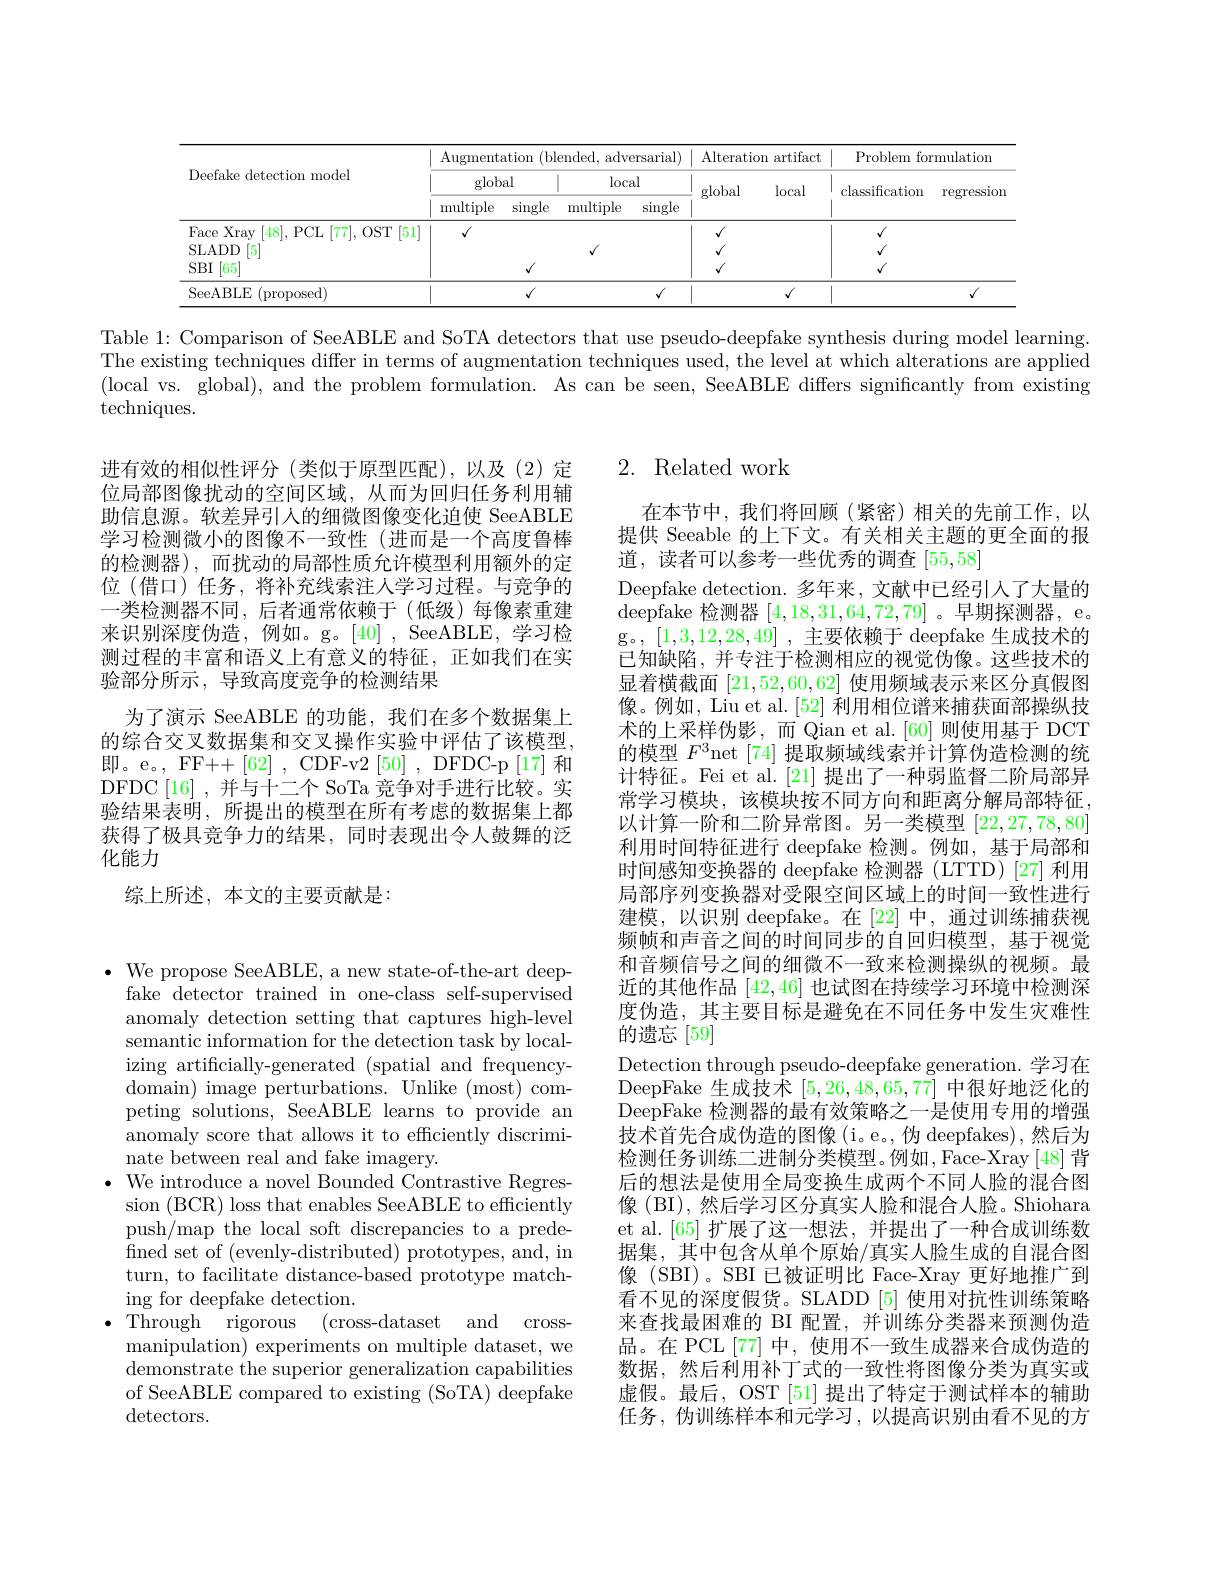
<table>
	<tbody>
		<tr>
			<th rowspan="3">Deefake detection model</th>
			<th colspan="4">${\mathrm{Augmentation~(blended,~adversarial)}}$</th>
			<th>Ateratic</th>
			<th>artifact m</th>
			<th colspan="2">Problem formulatiom</th>
		</tr>
		<tr>
			<th colspan="2">global</th>
			<th colspan="2">$\log$cal</th>
			<th rowspan="2">global</th>
			<th rowspan="2">local</th>
			<th rowspan="2">classification</th>
			<th rowspan="2">regressiom</th>
		</tr>
		<tr>
			<th>multiple</th>
			<th>$\sin$gle</th>
			<th>multiple</th>
			<th>$\sin$gle</th>
		</tr>
		<tr>
			<td>SeeABLE (proposed)</td>
			<td> </td>
			<td>$√$</td>
			<td> </td>
			<td>$√$</td>
			<td> </td>
			<td>$√$</td>
			<td> </td>
			<td>$√$</td>
		</tr>
	</tbody>
</table>

Table 1: Comparison of SeeABLE and SoTA detectors that use pseudo-deepfake synthesis during model learning. The existing techniques differ in terms of augmentation techniques used, the level at which alterations are applied (local vs. global), and the problem formulation. As can be seen, SeeABLE differs significantly from existing techniques.

进有效的相似性评分(类似于原型匹配),以及(2)定位局部图像扰动的空间区域，从而为回归任务利用辅助信息源。软差异引人的细微图像变化迫使 SeeABLE 学习检测微小的图像不一致性 (进而是一个高度鲁棒的检测器),而扰动的局部性质允许模型利用额外的定位 (借口) 任务，将补充线索注人学习过程。与竞争的一类检测器不同，后者通常依赖于(低级)每像素重建来识别深度伪造，例如。g。[40] , SeeABLE, 学习检测过程的丰富和语义上有意义的特征，正如我们在实验部分所示，导致高度竞争的检测结果
为了演示 SeeABLE 的功能，我们在多个数据集上的综合交叉数据集和交叉操作实验中评估了该模型， 即。e。, FF++[62] , CDF-v2 [50] , DFDC-p [17] 和DFDC[16] , 并与十二个 SoTa 竞争对手进行比较。实验结果表明，所提出的模型在所有考虑的数据集上都获得了极具竞争力的结果，同时表现出令人鼓舞的泛化能力

## 综上所述，本文的主要贡献是：

$\cdot$ We propose SeeABLE, a new state-of-the-art deep-
fake detector trained in one-class self-supervised anomaly detection setting that captures high-level semantic information for the detection task by localizing artificially-generated (spatial and frequencydomain) image perturbations. Unlike ( most) com- peting solutions, SeeABLE learns to provide an anomaly score that allows it to efficiently discriminate between real and fake imagery.
$\bullet$ We introduce a novel Bounded Contrastive Regres-
sion (BCR) loss that enables SeeABLE to efficiently push/map the local soft discrepancies to a predefined set of (evenly-distributed) prototypes, and, in turn, to facilitate distance-based prototype matching for deepfake detection.
Through rigorous ( cross- datasetand$\:$cross- manipulation) experiments on multiple dataset, we ${\overset{\text{demonstrate the superior generalization capabilities}}}$ of SeeABLE compared to existing (SoTA) deepfake detectors.

## 2. Related work

在本节中，我们将回顾(紧密)相关的先前工作，以提供 Seeable 的上下文。有关相关主题的更全面的报道，读者可以参考一些优秀的调查[55,58]
Deepfake detection. 多年来，文献中已经引人了大量的$\bar{\text{deepfake 检测器 }[4,18,31,64,72,79]}$。早期探测器，e。g。, [1,3,12,28,49] ,主要依赖于 deepfake 生成技术的$\bar{\text{已知缺陷，并专注于检测相应的视觉伪像。这些技术的}}$ 显着横截面[21,52,60,62]使用频域表示来区分真假图像。例如，Liu et al. [52] 利用相位谱来捕获面部操纵技术的上采样伪影，而 Qian et al.[60]则使用基于 DCT 的模型$F^3$net [74] 提取频域线索并计算伪造检测的统计特征。Fei et al.[21] 提出了一种弱监督二阶局部异常学习模块，该模块按不同方向和距离分解局部特征以计算一阶和二阶异常图。另一类模型[22,27,78,80] 利用时间特征进行 deepfake 检测。例如，基于局部和时间感知变换器的 deepfake 检测器 (LTTD)[27] 利用局部序列变换器对受限空间区域上的时间一致性进行建模，以识别 deepfake。在[22]中，通过训练捕获视频帧和声音之间的时间同步的自回归模型，基于视觉和音频信号之间的细微不一致来检测操纵的视频。最近的其他作品[42,46]也试图在持续学习环境中检测深度伪造，其主要目标是避免在不同任务中发生灾难性的遗忘[59]
Detection through pseudo-deepfake generation. 学习在DeepFake 生成技术[5,26,48,65,77]中很好地泛化的DeepFake 检测器的最有效策略之一是使用专用的增强技术首先合成伪造的图像(i。e。,伪 deepfakes),然后为检测任务训练二进制分类模型。例如，Face-Xray [48] 背后的想法是使用全局变换生成两个不同人脸的混合图像 (BI), 然后学习区分真实人脸和混合人脸。Shiohara et al.[65] 扩展了这一想法，并提出了一种合成训练数据集，其中包含从单个原始/真实人脸生成的自混合图像 (SBI)。SBI 已被证明比 Face-Xray 更好地推广到看不见的深度假货。SLADD [5] 使用对抗性训练策略来查找最困难的 BI 配置，并训练分类器来预测伪造品。在 PCL [77]中，使用不一致生成器来合成伪造的数据，然后利用补丁式的一致性将图像分类为真实或虚假。最后，OST [51] 提出了特定于测试样本的辅助任务，伪训练样本和元学习，以提高识别由看不见的方